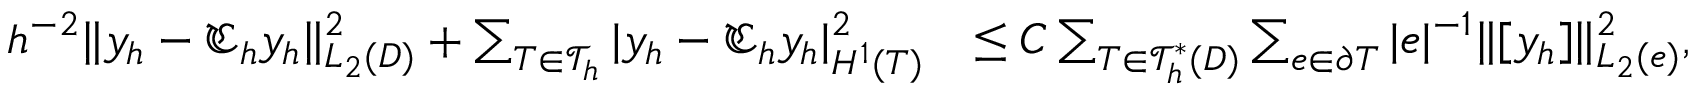
\begin{array} { r l } { h ^ { - 2 } \| y _ { h } - \mathfrak { C } _ { h } y _ { h } \| _ { L _ { 2 } ( D ) } ^ { 2 } + \sum _ { T \in \mathcal { T } _ { h } } | y _ { h } - \mathfrak { C } _ { h } y _ { h } | _ { H ^ { 1 } ( T ) } ^ { 2 } } & { \le C \sum _ { T \in \mathcal { T } _ { h } ^ { \ast } ( D ) } \sum _ { e \in \partial T } | e | ^ { - 1 } \| [ y _ { h } ] \| _ { L _ { 2 } ( e ) } ^ { 2 } , } \end{array}